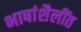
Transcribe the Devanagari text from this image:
भाषांशैलींत